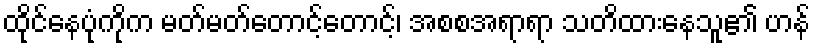
ထိုင်နေပုံကိုက မတ်မတ်တောင့်တောင့်၊ အစစအရာရာ သတိထားနေသူ၏ ဟန်